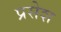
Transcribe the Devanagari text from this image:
प्रसेश